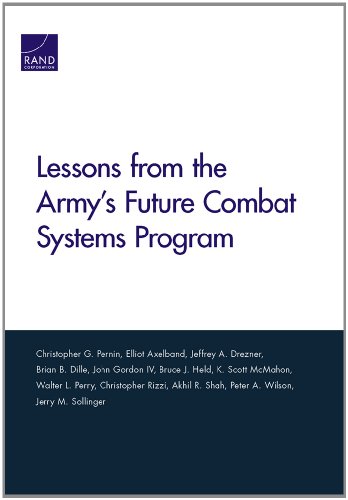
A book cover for Lessons from the Army's Future Combat Systems Program; Christopher G. Pernin; History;